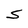
Character: S